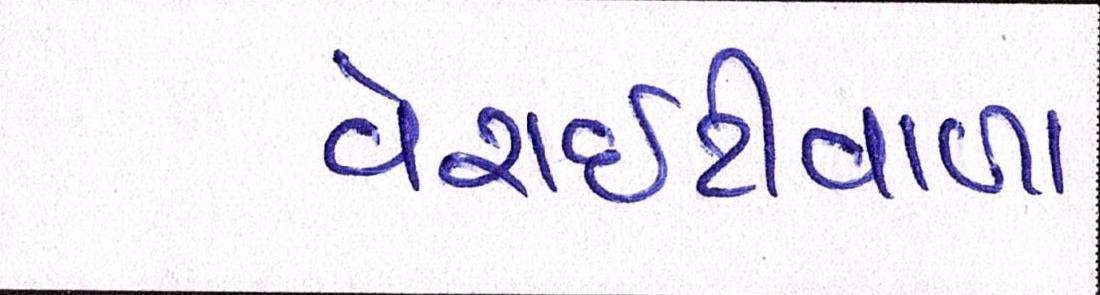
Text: વેરાઇટીવાળા